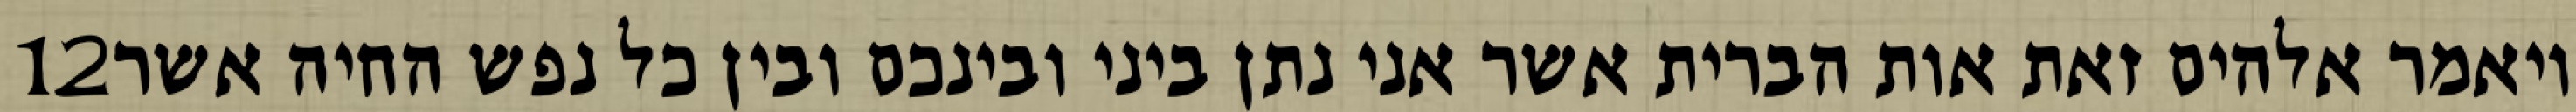
‎12‏ ויאמר אלהים זאת אות הברית אשר אני נתן ביני ובינכם ובין כל נפש החיה אשר